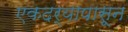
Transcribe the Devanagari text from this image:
एकदर्‍यापासून